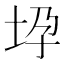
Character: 𫭧